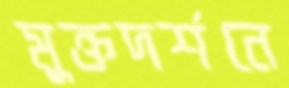
মুক্তদর্শনে